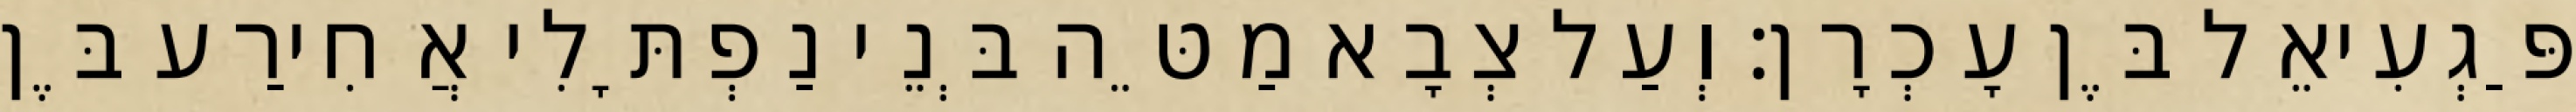
פַּגְעִיאֵל בֶּן עָכְרָן׃ וְעַל צְבָא מַטֵּה בְּנֵי נַפְתָּלִי אֲחִירַע בֶּן